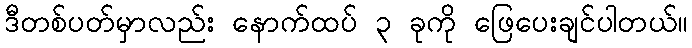
ဒီတစ်ပတ်မှာလည်း နောက်ထပ် ၃ ခုကို ဖြေပေးချင်ပါတယ်။